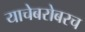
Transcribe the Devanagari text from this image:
याचेबरोबरच